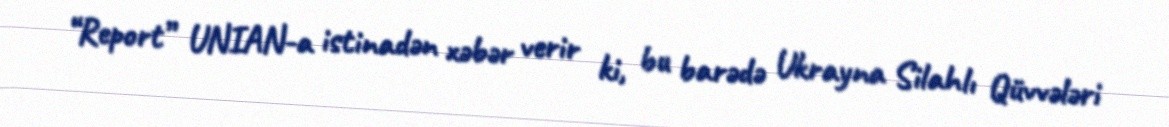
“Report” UNIAN-a istinadən xəbər verir ki, bu barədə Ukrayna Silahlı Qüvvələri